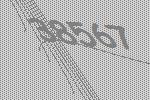
38567